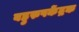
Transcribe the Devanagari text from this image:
बहुरुपकेंद्रक